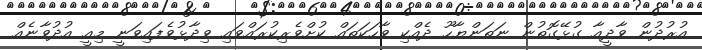
އުރުދުން ވާދީއާ ގުޅޭގޮތުން ނަތަންޔާހޫ ދެއްކި ވާހަކަތައް ކުށްވެރިކުރައްވައި ވިދާޅުވެފައިވަނީ މިއީ އުދުވާނެއް